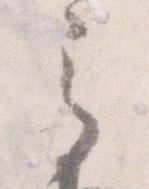
之